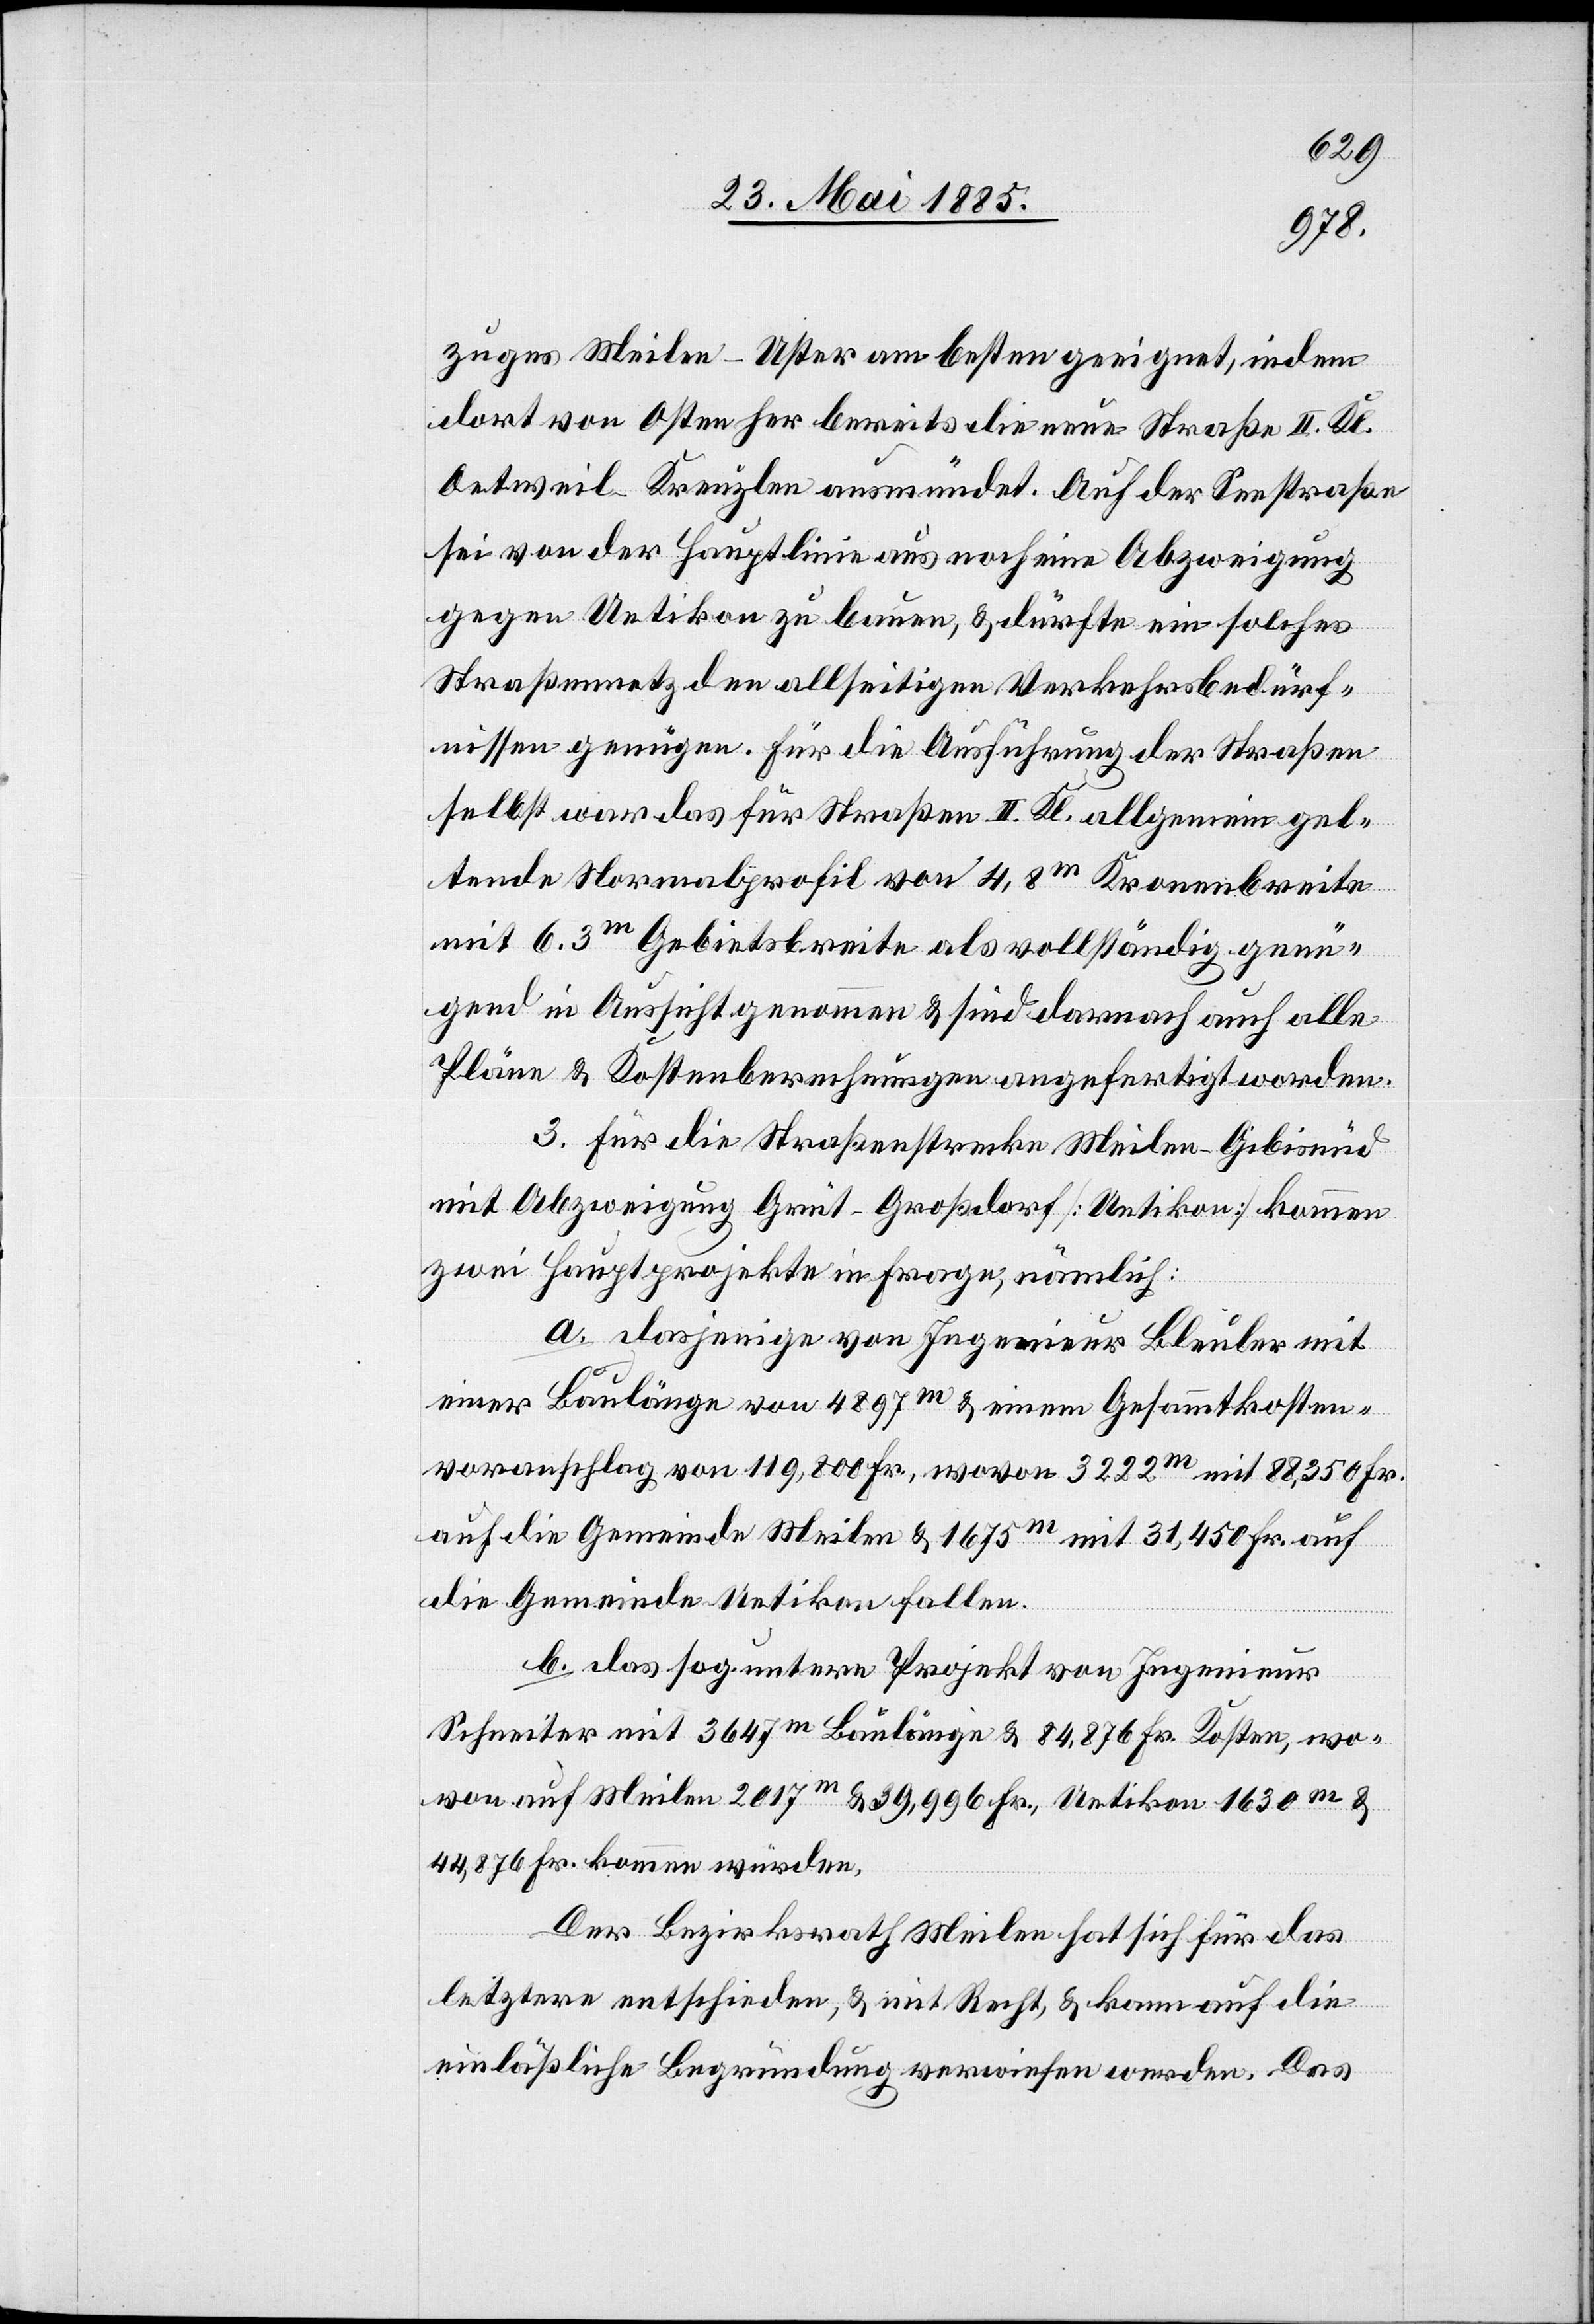
zuges Meilen–Uster am besten geeignet, indem
dort von Osten her bereits die neue Straße II. Kl.
Oetweil–Kreuzlen ausmündet. Auf der Seestraße
sei von der Hauptlinie aus noch eine Abzweigung
gegen Uetikon zu bauen, & dürfte ein solches
Straßennetz den allseitigen Verkehrsbedürf¬
nissen genügen. Für die Ausführung der Straßen
selbst war das für Straßen II. Kl. allgemein gel¬
tende Normalprofil von 4,8 m Kronenbreite
mit 6,3 m Gebietsbreite als vollständig genü¬
gend in Aussicht genommen & sind darnach auch alle
Pläne & Kostenberechnungen angefertigt worden.
3. Für die Straßenstrecke Meilen–Gibisnüd
mit Abzweigung Grüt–Großdorf [Uetikon] kommen
zwei Hauptprojekte in Frage, nämlich:
a. dasjenige von Ingenieur Bleuler mit
einer Baulänge von 4897 m & einem Gesammtkosten¬
voranschlag von 119,800 Fr., wovon 3222 m mit 88,350 Fr.
auf die Gemeinde Meilen & 1675 m mit 31,450 Fr. auf
die Gemeinde Uetikon fallen.
b. das sog. untere Projekt von Ingenieur
Schneiter mit 3647 m Baulänge & 84,876 Fr. Kosten, wo¬
von auf Meilen 2017 m & 39,996 Fr., Uetikon 1630 m &
44,876 Fr. kommen würden.
Der Bezirksrath Meilen hat sich für das
letztere entschieden, & mit Recht, & kann auf die
einläßliche Begründung verwiesen werden. Das